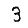
Digit: 3